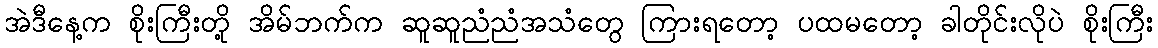
အဲဒီနေ့က စိုးကြီးတို့ အိမ်ဘက်က ဆူဆူညံညံအသံတွေ ကြားရတော့ ပထမတော့ ခါတိုင်းလိုပဲ စိုးကြီး